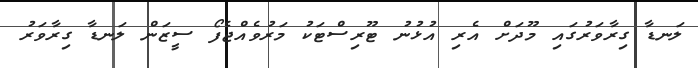
ލަނޑާ ގިރާވަރުގައި މޫދަށް އެރި އުޅުނު ޓޫރިސްޓަކު މަރުވެއްޖެފޯ ސީޒަން ލަނޑާ ގިރާވަރު